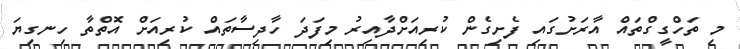
މި ތަހްގީގްތައް އާރަށުގައި ފެށިގެން ކުރިއަށްދާއިރު މިފަދަ ހާދިސާތައް ކުރިއަށް އޮތްތާ ހިނގިޔަ